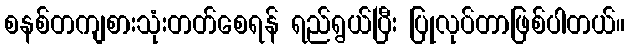
စနစ်တကျစားသုံးတတ်စေရန် ရည်ရွယ်ပြီး ပြုလုပ်တာဖြစ်ပါတယ်။